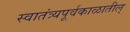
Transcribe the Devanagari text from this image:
स्वातंत्र्यपूर्वकाळातील्